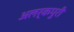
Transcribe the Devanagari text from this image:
अलर्कपुरी